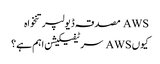
AWS مصدقہ ڈیولپر تنخواہ
کیوں AWS سرٹیفیکیشن اہم ہے؟